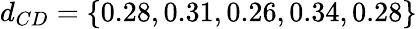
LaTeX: d_{CD}=\{ 0.28,0.31,0.26,0.34,0.28\}